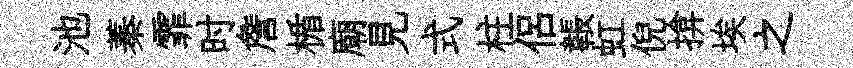
池蓁霏时詹楯廟見式柱侣韔虹倪揜埃之